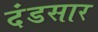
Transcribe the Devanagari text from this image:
दंडसार